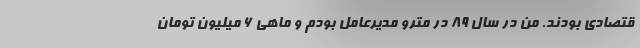
قتصادی بودند. من در سال ۸۹ در مترو مدیرعامل بودم و ماهی ۶ میلیون تومان